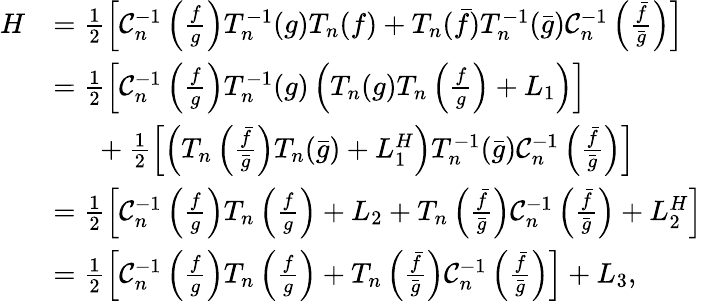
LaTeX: \begin{array}{rl}{H}&{=\frac{1}{2}\left[\mathcal{C}_{n}^{-1}\left(\frac{f}{g}\right)T_{n}^{-1}(g)T_{n}(f)+T_{n}(\bar{f})T_{n}^{-1}(\bar{g})\mathcal{C}_{n}^{-1}\left(\frac{\bar{f}}{\bar{g}}\right)\right]}\\ &{=\frac{1}{2}\left[\mathcal{C}_{n}^{-1}\left(\frac{f}{g}\right)T_{n}^{-1}(g)\left(T_{n}(g)T_{n}\left(\frac{f}{g}\right)+L_{1}\right)\right]}\\ &{\phantom{2pc}+\frac{1}{2}\left[\left(T_{n}\left(\frac{\bar{f}}{\bar{g}}\right)T_{n}(\bar{g})+L_{1}^{H}\right)T_{n}^{-1}(\bar{g})\mathcal{C}_{n}^{-1}\left(\frac{\bar{f}}{\bar{g}}\right)\right]}\\ &{=\frac{1}{2}\left[\mathcal{C}_{n}^{-1}\left(\frac{f}{g}\right)T_{n}\left(\frac{f}{g}\right)+L_{2}+T_{n}\left(\frac{\bar{f}}{\bar{g}}\right)\mathcal{C}_{n}^{-1}\left(\frac{\bar{f}}{\bar{g}}\right)+L_{2}^{H}\right]}\\ &{=\frac{1}{2}\left[\mathcal{C}_{n}^{-1}\left(\frac{f}{g}\right)T_{n}\left(\frac{f}{g}\right)+T_{n}\left(\frac{\bar{f}}{\bar{g}}\right)\mathcal{C}_{n}^{-1}\left(\frac{\bar{f}}{\bar{g}}\right)\right]+L_{3},}\end{array}